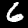
Digit: 6